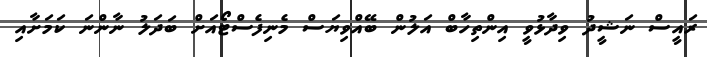
ރައީސް ނަޝީދު ވިދާޅުވީ އިންތިހާބް އަލުން ބޭއްވިޔަސް މެނިފެސްޓޯއަށް ބަދަލު ނާންނަ ކަމަށާއި